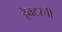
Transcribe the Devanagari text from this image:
हेक्टरची